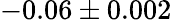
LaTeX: -0.06\pm 0.002